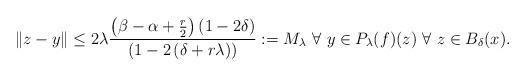
LaTeX: \begin{align*}\Vert z-y\Vert \leq 2\lambda \frac{\left( \beta -\alpha +\frac{r}{2}\right)\left( 1-2\delta \right) }{\left( 1-2\left( \delta +r\lambda \right) \right) }:=M_{\lambda } \ \forall\ y\in P_{\lambda }(f)(z)\ \forall\ z\in B_{\delta }(x).\end{align*}